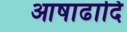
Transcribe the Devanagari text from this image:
आषाढादि